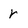
Character: r